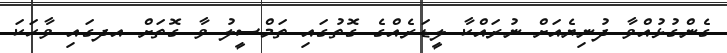
ގެންގުޅުއްވާ ދުނިޔެއަށް ނުރައްކާ ލީޑަރެއްގެ ގޮތުގައި ތަމްސީލު ވާ ގޮތަށް އދގައި ވާހަކަ